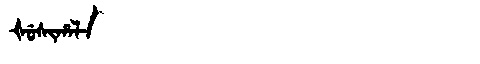
Manchu: ᡧᡠᠰᡳᡥᠠᠯᠠ
Romanization: ŠUSIHALA